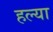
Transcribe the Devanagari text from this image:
हल्या